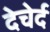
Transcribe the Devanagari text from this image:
देचेर्द